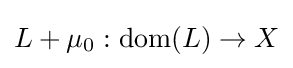
L+\mu _{0}:\operatorname {dom} (L)\to X